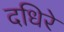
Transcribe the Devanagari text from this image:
दधिरे